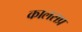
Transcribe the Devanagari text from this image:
कालसप्र